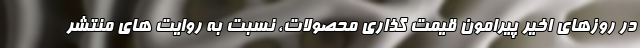
در روزهای اخیر پیرامون قیمت گذاری محصولات، نسبت به روایت های منتشر